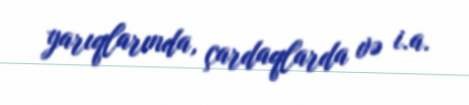
yarıqlarında, çardaqlarda və i.a.